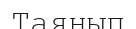
Таянып